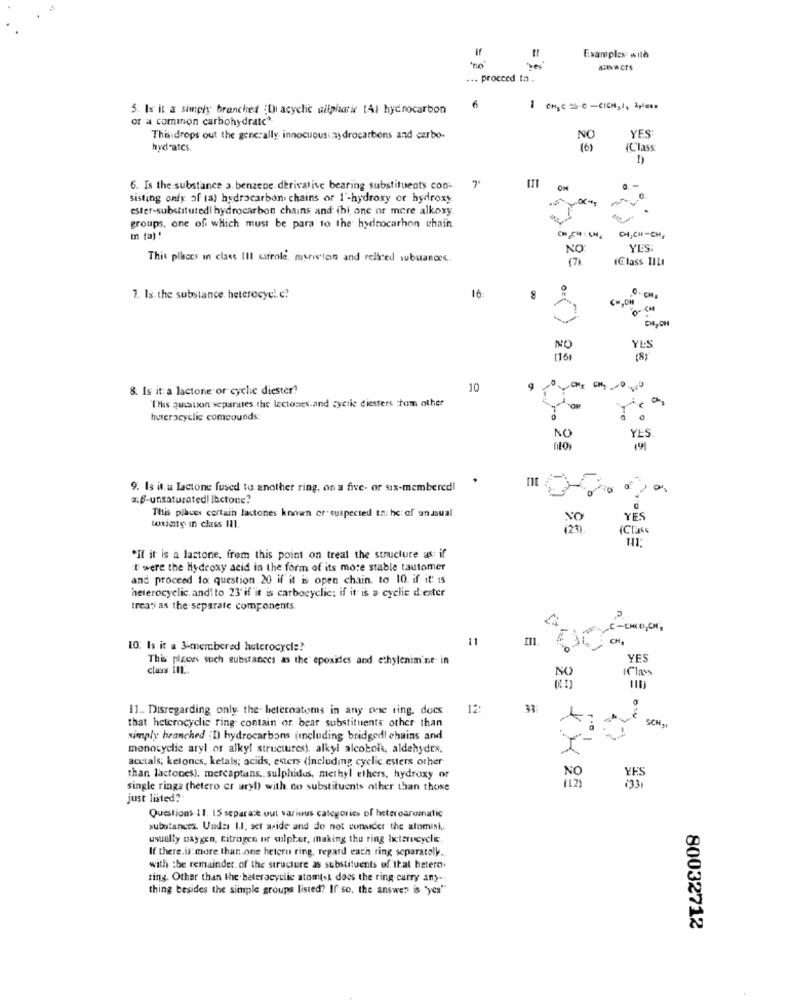
"no"
Examples wild
... proceed ta -
3. Is it a simply branched :Di acyclic ailpharir (Al hydrocarbon
1 CHSC =2-C-CICH,I, Iyle ..
or a common carbohydrate"
YES
This drops out the generally innocuousiay drocarbons and carbo-
NO
(6)
(Class
1)
6. Is the substance a. benzene derivative bearing substituents con-
OM
sisting only of (a) hydrocarbon chains or 1'-hydroxy or hydroxy
ester-substitutedi hydrocarbon chains and (hi, one or more alkory.
groups, one of which must be para to the hydrocarbon chain
CH CH : CH
In (a) !
DI,CH-CH,
NO
YES:
This places in class III safrole, myistein and relied substances ..
(Class TIL
2. Is. the substance. heterocyel e?
16
3.8
NO
YES
16)
(8)
8. Is it: a lactone or cycle diester?
10
This question separates the lectones.and syctie diesters tam other
heterocyclic compounds:
NO
YLS
14
9. Is it. u Lactone fused to another ring, on a five- or six-membered!
a. B-unsaturated| |actone?
This places certain lactones known er suspected to: hc of unusual
YES
toxicity in class Ill.
"If it is a lastone, from this point on treat the structure as: if
E were the Hydroxy acid in the form of its more stable tautomer
and proceed to question 20 if it is open chain. to 10 if it is
heterocyclic. and to 23' if it is carbocyclic: if it is a cyclic d:ester
treati as the separate components
P.
C-CHIO,ON,
11
m
CH.
10. Is it a 3-membered heterocycle?
This places such substances as the' epoxides and ethylenimine in
YES
class III ..
Clas
NO
11 .. Disregarding only the- heteroatoms in any one ring. does
12:
that heterocyclic ring contain or. bear substituents other than
SCH,
simply branched ; D) hydrocarbons (including bridgedl chains and
monocyclic aryl of alkyl structures), alkyl alcohols, aldehydes.
acctals; ketones, ketals; acids, esters (including cyclic esters other
than lactones). mercaptians ., sulphidus, methyl ethers, hydroxy or
NO
single ringa (hetero cr aryl) with no substituents other than those
(12)
just listed?
Questions 11. 15 separace out various categories of heteroaromatic
substances. Undas I.I. set aside and do not consider the alomisi.
usually baygen, nitrogen ut sulphur, making the ring heterocyclic.
If there.is more than one hetero ring, regard each ring separately.
with :be remainder of the structure as substituents of that hetero.
ring. Other than the beteracycile atomtsi does the ring curry any-
thing besides the simple groups listed? If so, the answer is "yes""
80032712